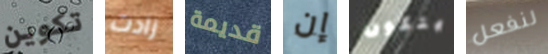
تكوين زادت قديمة إن يتكون لنفعل